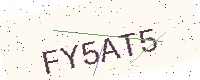
Text: FY5AT5